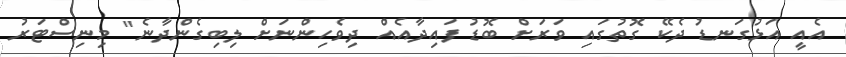
އެއީ އަޅުގަނޑު ދެކޭ ގޮތުގައި ވަރަށް ބޮޑު ފައިދާއެއް ދިވެހިންނަށް ލިބިގެންދާނެ" މިނިސްޓަރު